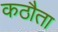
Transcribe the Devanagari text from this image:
कठौता